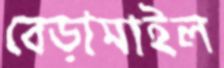
বেড়ামাইল